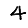
Digit: 4